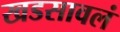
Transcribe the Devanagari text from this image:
खडसावलं